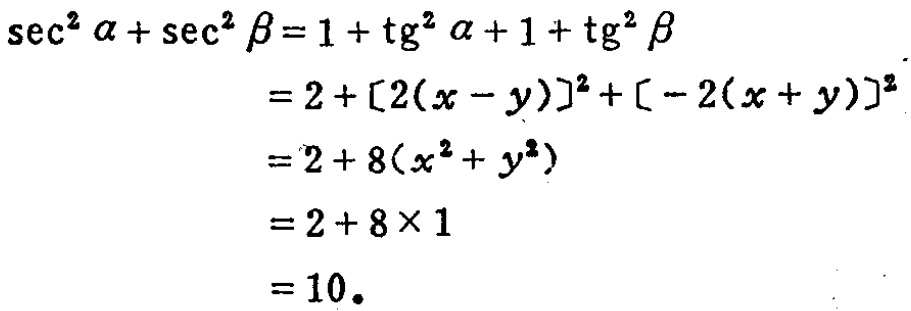
\[
\begin{align*}
\sec^{2}\alpha+\sec^{2}\beta&=1 + \tg^{2}\alpha+1+\tg^{2}\beta\\
&=2+[2(x - y)]^{2}+[-2(x + y)]^{2}\\
&=2 + 8(x^{2}+y^{2})\\
&=2+8\times1\\
&=10.
\end{align*}
\]